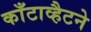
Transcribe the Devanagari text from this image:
काँटाव्हैटने